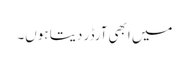
میں ابھی آرڈر دیتا ہوں۔